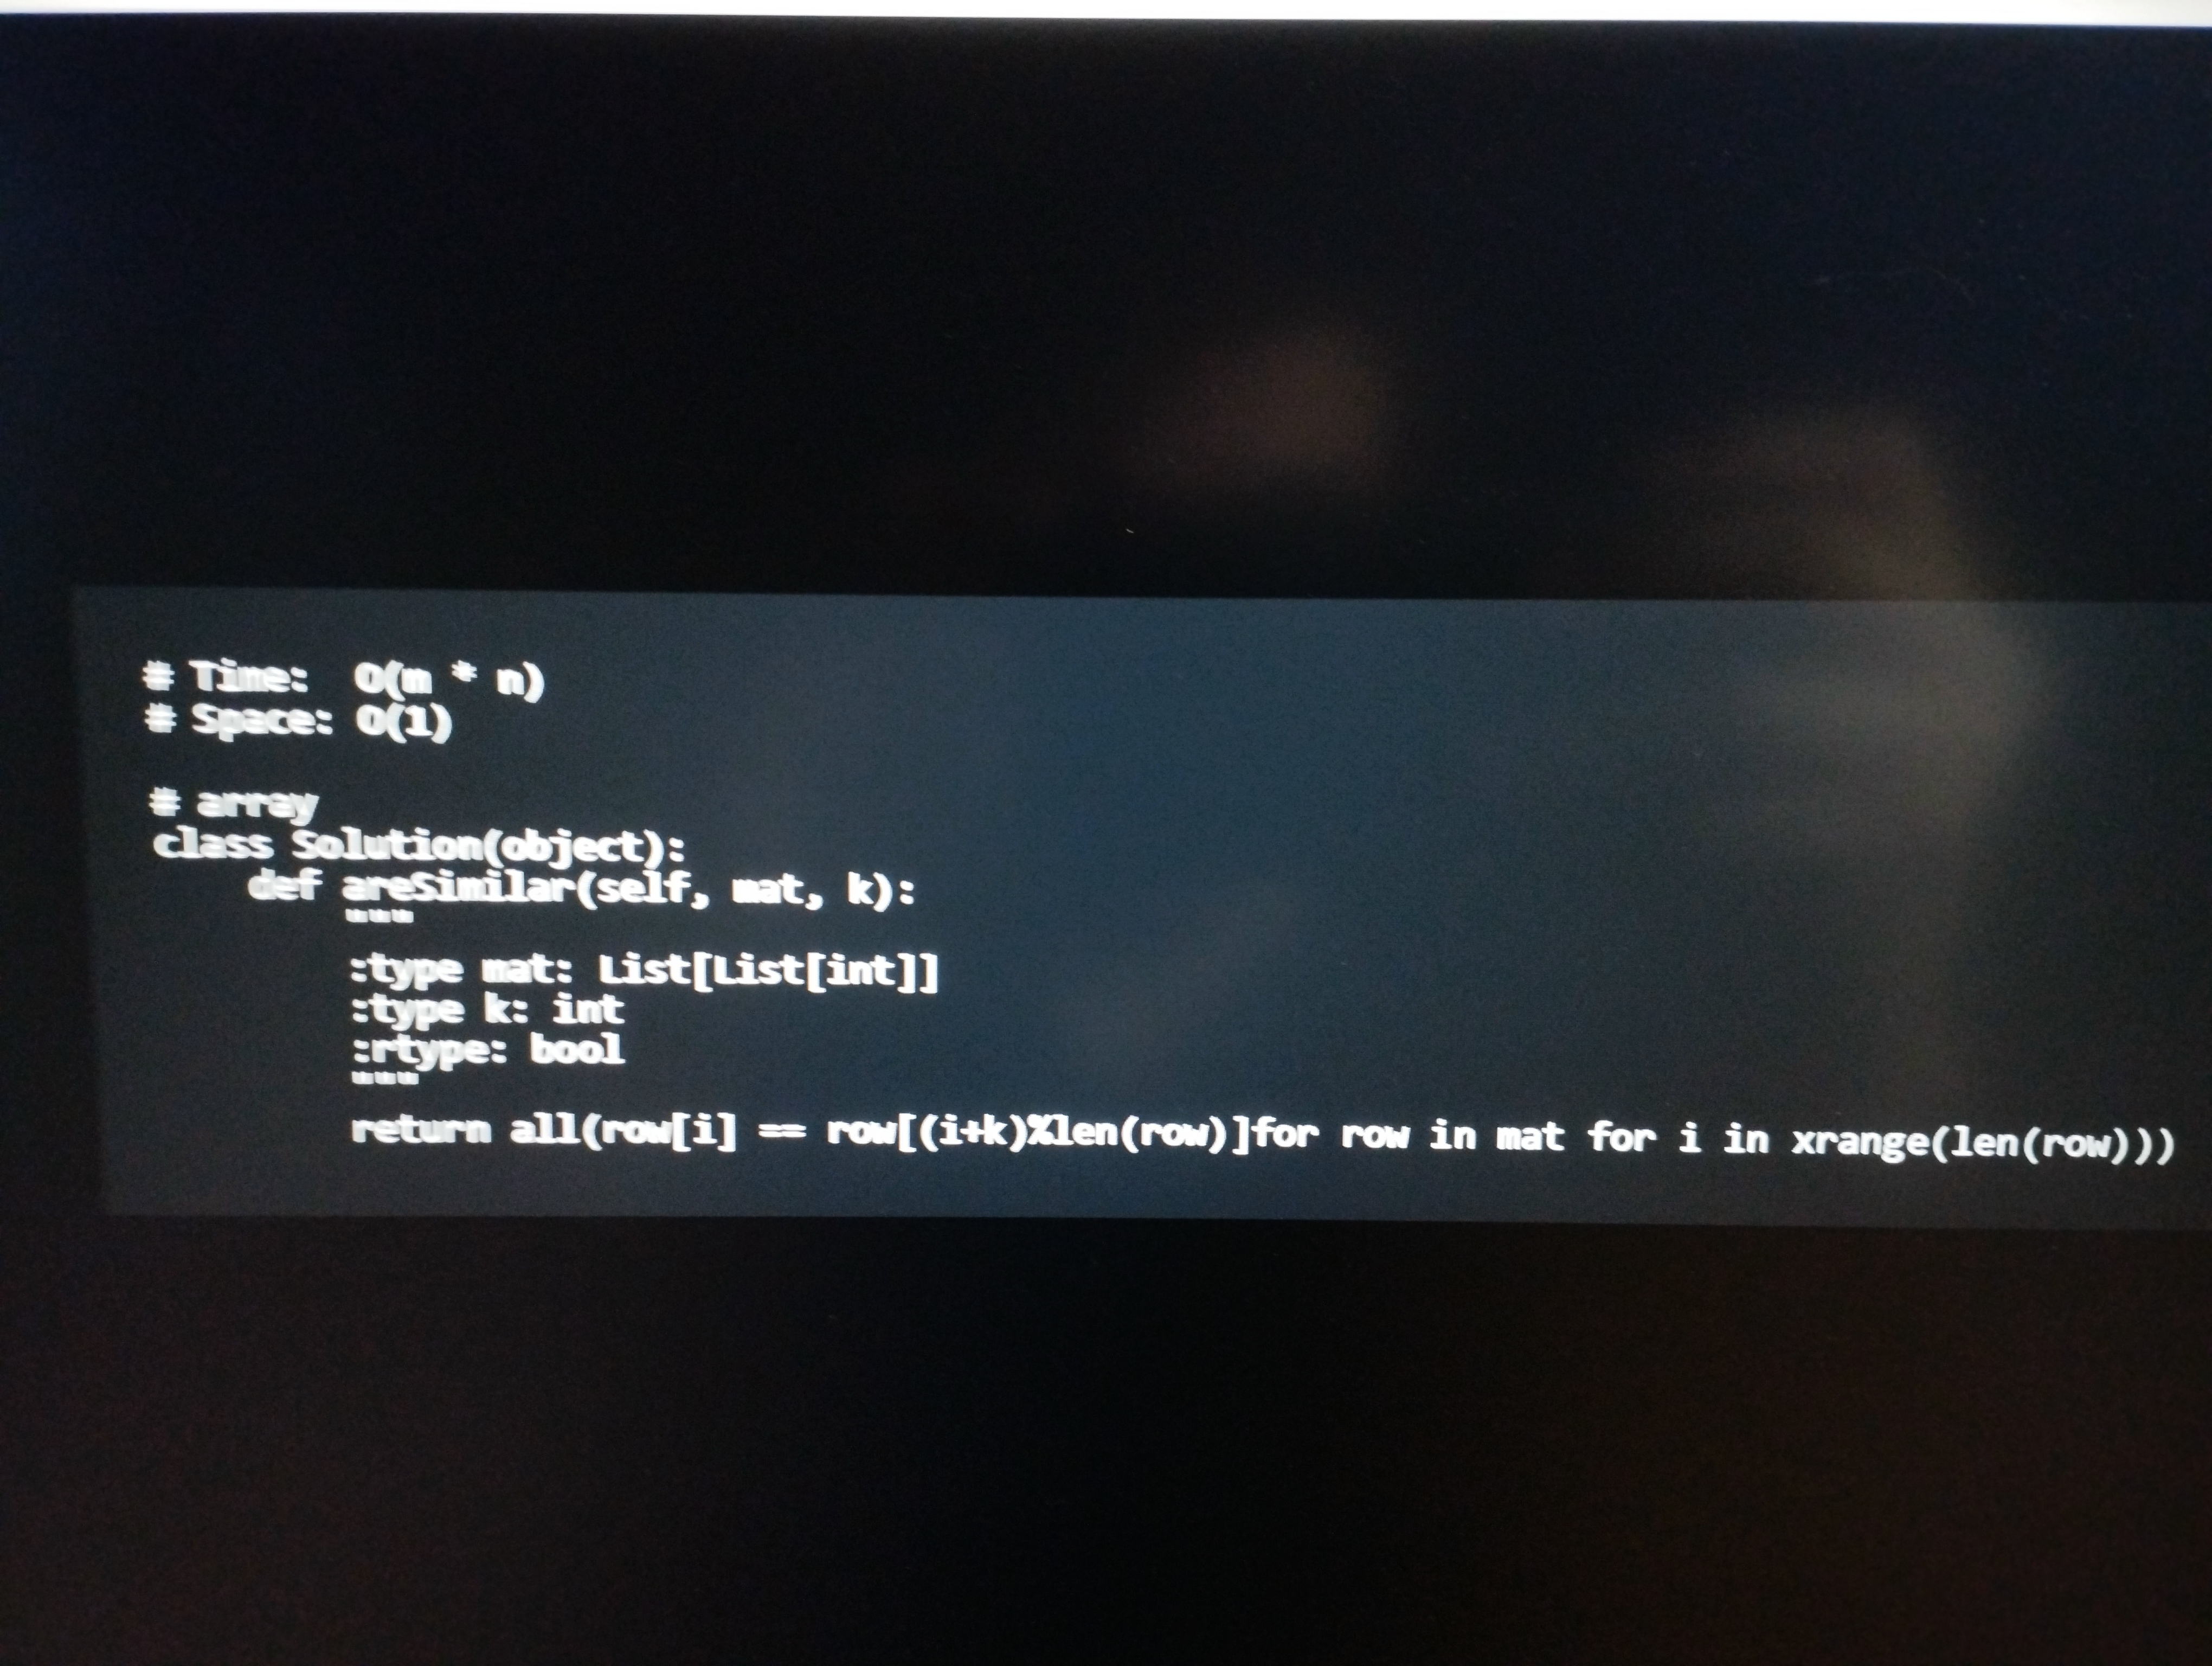
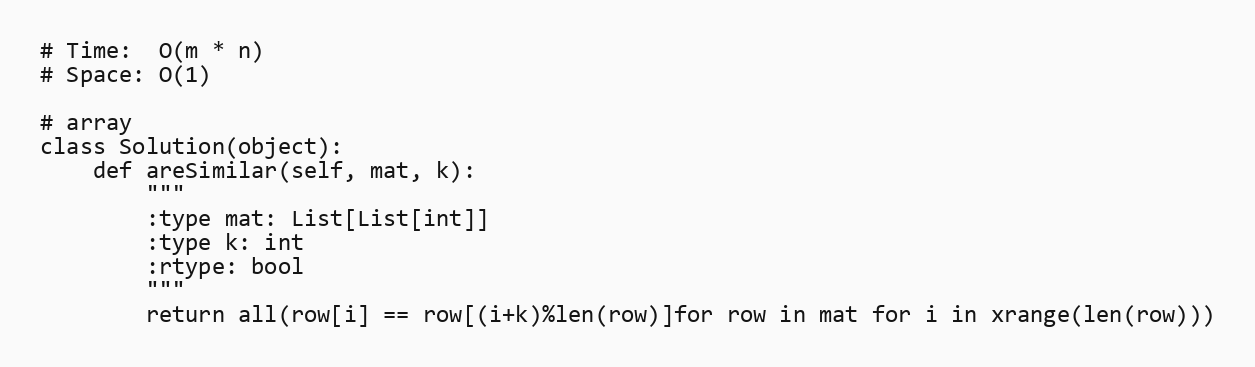
# Time:  O(m * n)
# Space: O(1)

# array
class Solution(object):
    def areSimilar(self, mat, k):
        """
        :type mat: List[List[int]]
        :type k: int
        :rtype: bool
        """
        return all(row[i] == row[(i+k)%len(row)]for row in mat for i in xrange(len(row)))